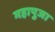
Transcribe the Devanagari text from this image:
महापुजा